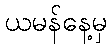
ယမန်နေ့မှ